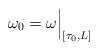
LaTeX: \begin{align*}\omega_0 = \omega \Big|_{[\tau_0,L]}\end{align*}